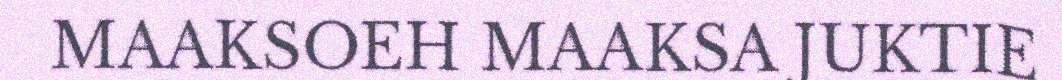
MAAKSOEH MAAKSA JUKTIE